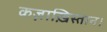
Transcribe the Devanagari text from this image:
कज़ाख़िस्तान।